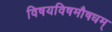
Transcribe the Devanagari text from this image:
विषयविषमौषधम्